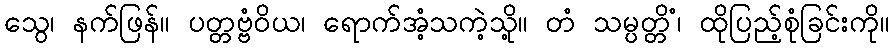
သွေ၊ နက်ဖြန်။ ပတ္တဗ္ဗံဝိယ၊ ရောက်အံ့သကဲ့သို့။ တံ သမ္ပတ္တိံ၊ ထိုပြည့်စုံခြင်းကို။